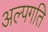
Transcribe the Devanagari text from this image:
अल्पगति